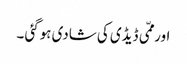
اور ممّی ڈیڈی کی شادی ہوگئی ۔